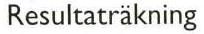
Resultaträkning